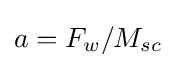
a=F_{w}/M_{sc}